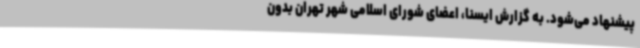
پیشنهاد می‌شود. به گزارش ایسنا، اعضای شورای اسلامی شهر تهران بدون